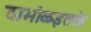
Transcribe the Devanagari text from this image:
दाभोळइतके